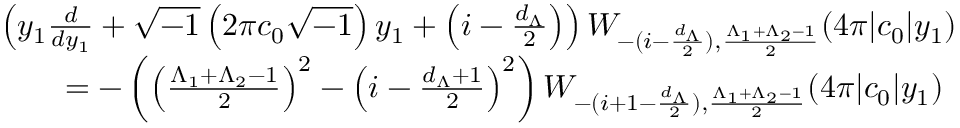
\begin{array} { r l } & { \left( y _ { 1 } \frac { d } { d y _ { 1 } } + \sqrt { - 1 } \left( 2 \pi c _ { 0 } \sqrt { - 1 } \right) y _ { 1 } + \left( i - \frac { d _ { \Lambda } } { 2 } \right) \right) W _ { - ( i - \frac { d _ { \Lambda } } { 2 } ) , \frac { \Lambda _ { 1 } + \Lambda _ { 2 } - 1 } { 2 } } ( 4 \pi | c _ { 0 } | y _ { 1 } ) } \\ & { \qquad = - \left( \left( \frac { \Lambda _ { 1 } + \Lambda _ { 2 } - 1 } { 2 } \right) ^ { 2 } - \left( i - \frac { d _ { \Lambda } + 1 } { 2 } \right) ^ { 2 } \right) W _ { - ( i + 1 - \frac { d _ { \Lambda } } { 2 } ) , \frac { \Lambda _ { 1 } + \Lambda _ { 2 } - 1 } { 2 } } ( 4 \pi | c _ { 0 } | y _ { 1 } ) } \end{array}